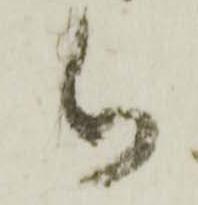
被